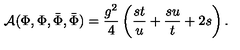
{ \cal A } ( \Phi , \Phi , { \bar { \Phi } } , { \bar { \Phi } } ) = { \frac { g ^ { 2 } } { 4 } } \left( { \frac { s t } { u } } + { \frac { s u } { t } } + 2 s \right) .